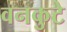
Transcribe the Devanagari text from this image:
वनकुटे